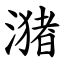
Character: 潴